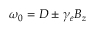
\omega _ { 0 } = D \pm \gamma _ { e } B _ { z }